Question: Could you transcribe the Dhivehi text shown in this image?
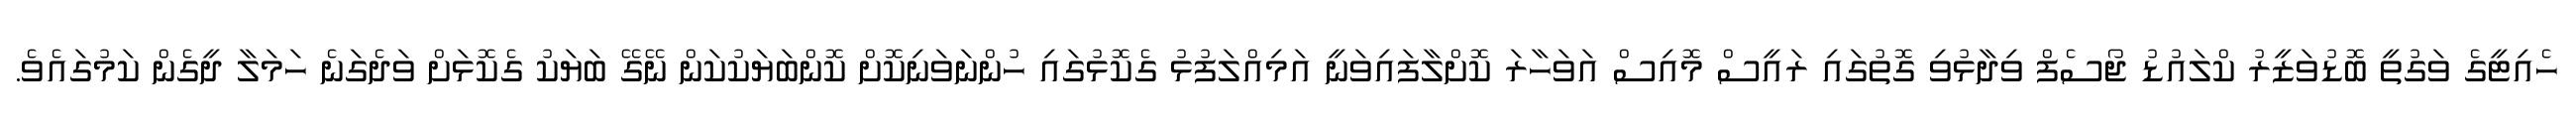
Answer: ހެއިޓީގެ ވަގުތީ ބޮޑުވަޒީރު ކްލައުޑު ޖޯސެފް ވިދާޅުވި ގޮތުގައި ރައީސް މޮއިސް އަވަހާރަ ކޮށްލާފައިވަނީ އަމިއްލަފުޅު ގެކޮޅުގައި ހުންނަވަނިކޮށް ކޮންބަޔަކުކަން ނޭގޭ ބަޔަކު ގެކޮޅަށް ވަދެގަނެ ހަމަލާ ދީގެން ކަމުގައެވެ.